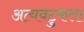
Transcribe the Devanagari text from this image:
अत्यवटुकता